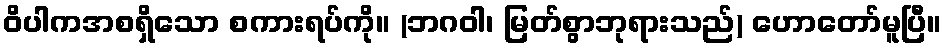
ဝိပါကအစရှိသော စကားရပ်ကို။ (ဘဂဝါ၊ မြတ်စွာဘုရားသည်) ဟောတော်မူပြီ။